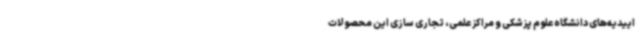
اییدیه‌های دانشگاه علوم پزشکی و مراکز علمی، تجاری سازی این محصولات